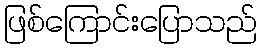
ဖြစ်ကြောင်းပြောသည်